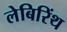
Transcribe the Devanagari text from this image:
लेबिरिंथ